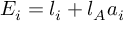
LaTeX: E _ { i } = l _ { i } + l _ { A } a _ { i }